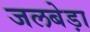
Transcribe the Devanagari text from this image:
जलबेड़ा